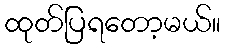
ထုတ်ပြရတော့မယ်။